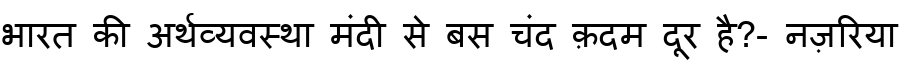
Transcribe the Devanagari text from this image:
भारत की अर्थव्यवस्था मंदी से बस चंद क़दम दूर है?- नज़रिया